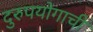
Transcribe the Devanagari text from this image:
दुरुपयोगाची